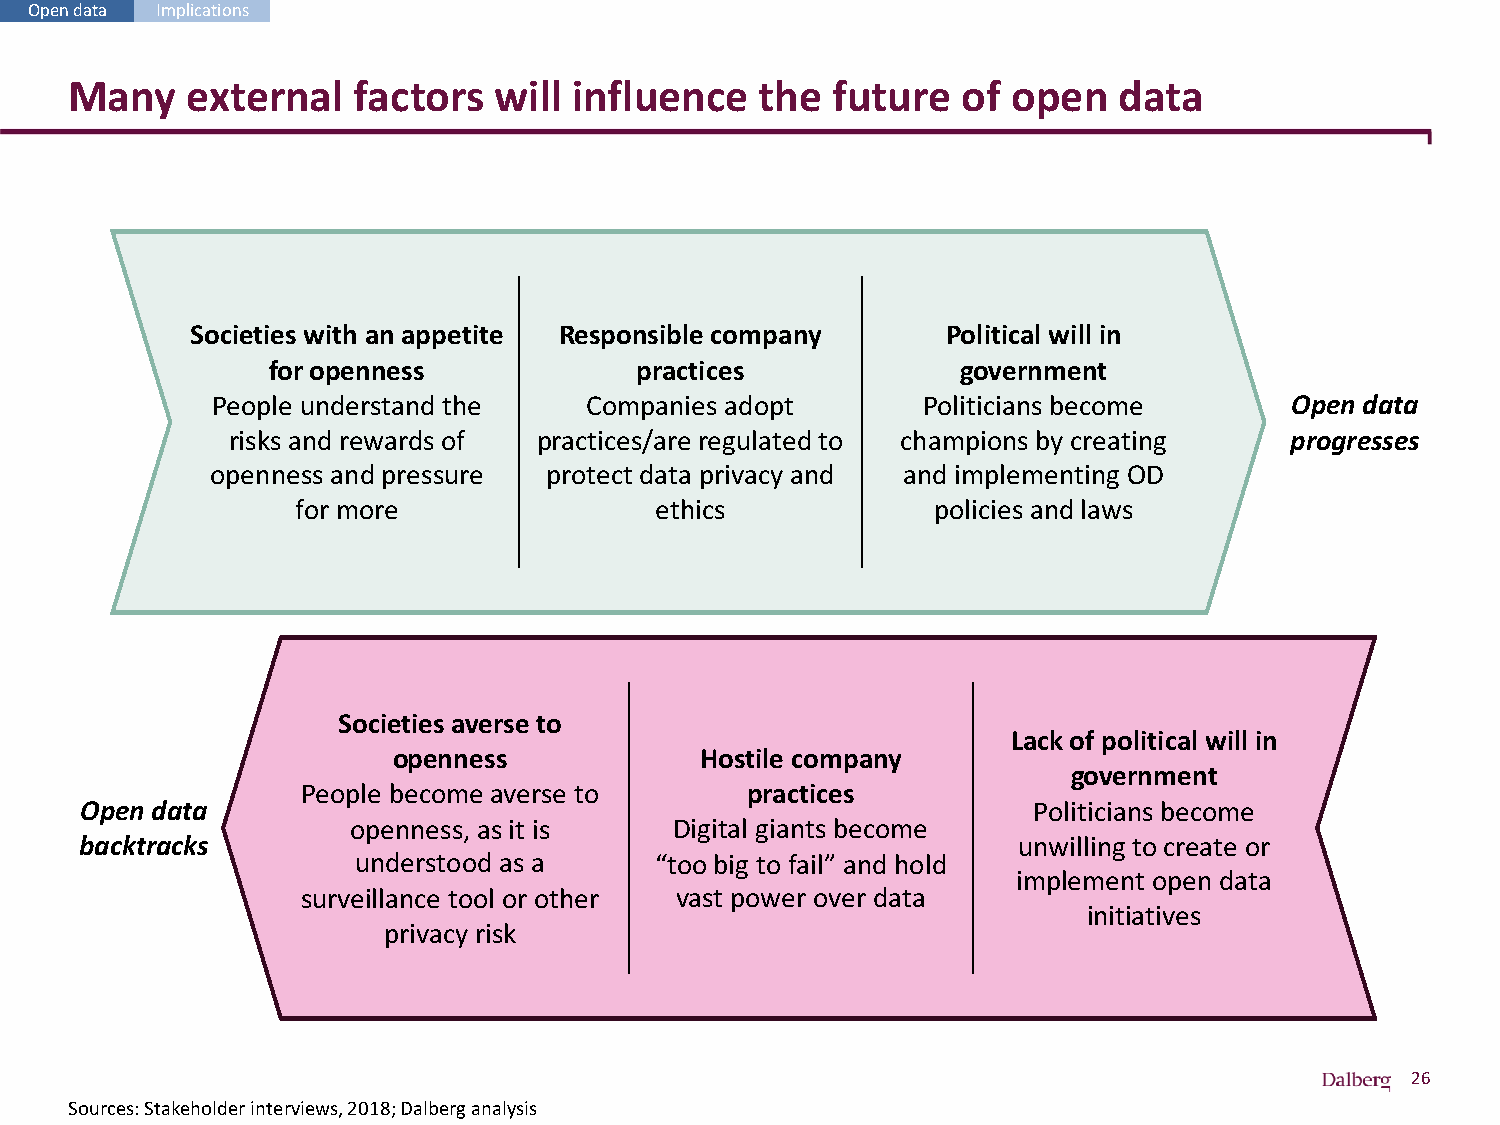
Open data Implications
 Many   external   factors   will influence   the  future   of open   data
 Societies with an appetite Responsible company    Political will in
 for openness            practices             government
 People understand the    Companies adopt       Politicians become      Open data
 risks and rewards of practices/are regulated to champions by creating progresses
 openness and pressure protect data privacy and and implementing OD
 for more               ethics             policies and laws
 Societies averse to
 Lack of political will in
 openness            Hostile company
 government
 People become averse to      practices
 Open data                                                      Politicians become
 openness, as it is    Digital giants become
 backtracks                                                    unwilling to create or
 understood as a    “too big to fail” and hold
 implement open data
 surveillance tool or other vast power over data
 initiatives
 privacy risk
 26
 Sources: Stakeholder interviews, 2018; Dalberg analysis